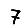
Digit: 7